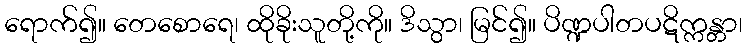
ရောက်၍။ တေစောရေ၊ ထိုခိုးသူတို့ကို။ ဒိသွာ၊ မြင်၍။ ပိဏ္ဍပါတပဋိက္ကန္တာ၊